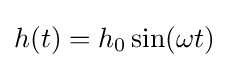
h(t)=h_{0}\sin(\omega t)